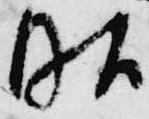
昭